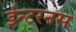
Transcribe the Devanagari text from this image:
ईन्टरनस